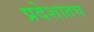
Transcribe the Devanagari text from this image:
प्रदेशातच